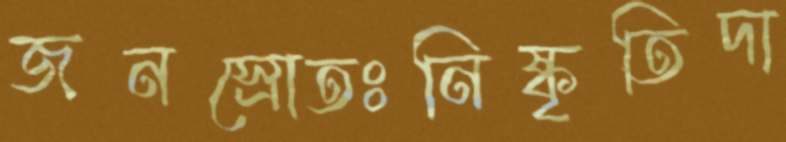
জনস্রোতঃনিষ্কৃতিদা